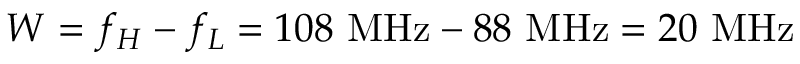
W = f _ { H } - f _ { L } = 1 0 8 \ \mathrm { M H z } - 8 8 \ \mathrm { M H z } = 2 0 \ \mathrm { M H z }